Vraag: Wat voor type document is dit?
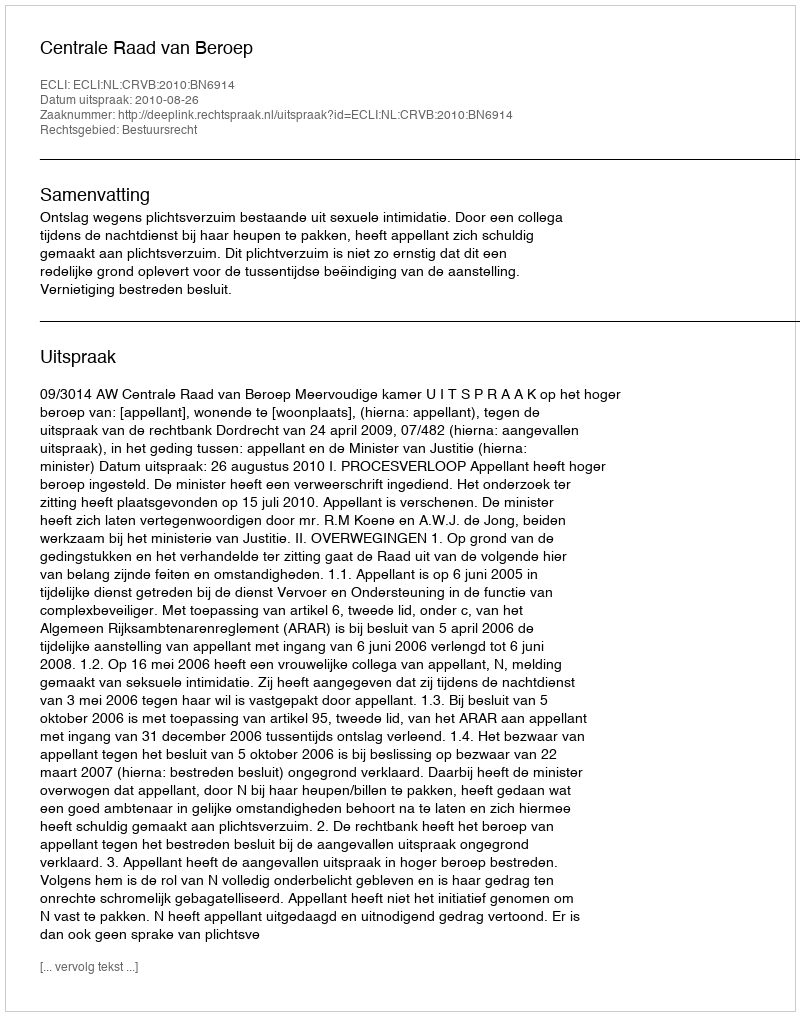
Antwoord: Uitspraak